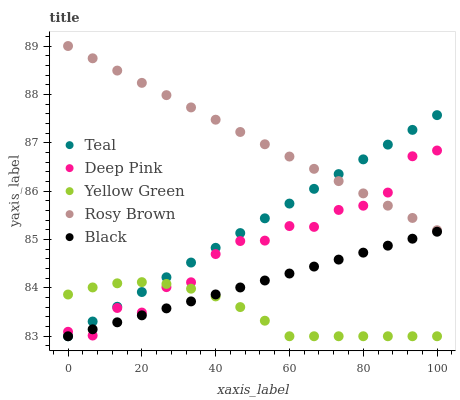
| xaxis_label | Teal | Deep Pink | Yellow Green | Rosy Brown | Black |
 | --- | --- | --- | --- | --- | --- |
 | 0 | 83 | 83.1 | 83.9 | 89 | 83 |
 | 6.67 | 83.3 | 83 | 84 | 88.7 | 83.1 |
 | 13.3 | 83.6 | 83.6 | 84.1 | 88.5 | 83.3 |
 | 20 | 83.9 | 83.5 | 84.1 | 88.2 | 83.4 |
 | 26.7 | 84.2 | 84 | 84.1 | 88 | 83.6 |
 | 33.3 | 84.5 | 84.1 | 84 | 87.7 | 83.7 |
 | 40 | 84.8 | 84.7 | 83.8 | 87.5 | 83.9 |
 | 46.7 | 85.1 | 85 | 83.6 | 87.2 | 84 |
 | 53.3 | 85.4 | 85 | 83.3 | 87 | 84.2 |
 | 60 | 85.7 | 85.3 | 83 | 86.7 | 84.3 |
 | 66.7 | 86 | 85.3 | 83 | 86.5 | 84.4 |
 | 73.3 | 86.4 | 85.6 | 83 | 86.2 | 84.6 |
 | 80 | 86.7 | 85.7 | 83 | 86 | 84.7 |
 | 86.7 | 87 | 86 | 83 | 85.7 | 84.9 |
 | 93.3 | 87.3 | 86.7 | 83 | 85.4 | 85 |
 | 100 | 87.6 | 86.8 | 83 | 85.2 | 85.2 |